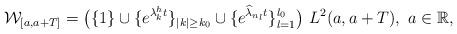
LaTeX: \begin{align*}\mathcal W_{[a,a+T]} = \big(\{1\}\cup\{e^{\lambda^h_k t}\}_{|k|\geq k_0} \cup \{e^{\widehat \lambda_{n_l} t}\}_{l=1}^{l_0}\big) \ L^2(a,a+T), \ a\in \mathbb R ,\end{align*}